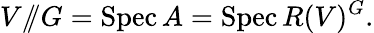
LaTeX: V/\! \! /G=\operatorname{Spec}A=\operatorname{Spec}R(V)^{G}.